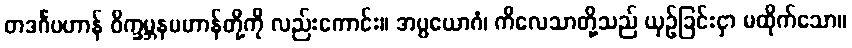
တဒင်္ဂပဟာန် ဝိက္ခမ္ဘနပဟာန်တို့ကို လည်းကောင်း။ အပ္ပယောဂံ၊ ကိလေသာတို့သည် ယှဉ်ခြင်းငှာ မထိုက်သော။